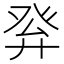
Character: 𤼪